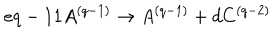
e q - 1 1 A ^ { ( q - 1 ) } \rightarrow A ^ { ( q - 1 ) } + d C ^ { ( q - 2 ) }